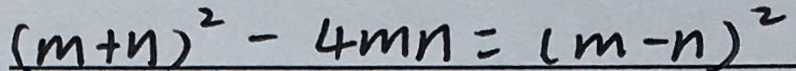
( m + n ) ^ { 2 } - 4 m = ( m - n ) ^ { 2 }